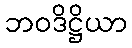
ဘဝဒိဋ္ဌိယာ